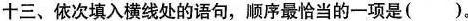
十三、依次填入横线处的语句，顺序最恰当的一项是( )。